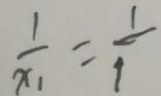
\frac { 1 } { x _ { 1 } } = \frac { 1 } { 1 }